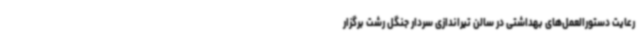
رعایت دستورالعمل‌های بهداشتی در سالن تیراندازی سردار جنگل رشت برگزار